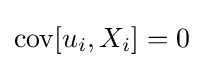
\operatorname {cov} [u_{i},X_{i}]=0